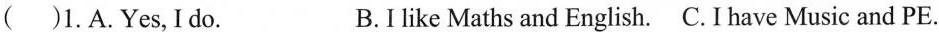
( )1.A.Yes,I do. B.I like Maths and English. C. I have Music and PE.